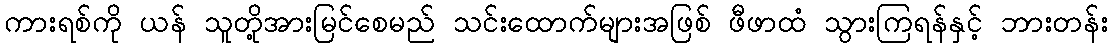
ကားရစ်ကို ယန် သူတို့အားမြင်စေမည် သင်းထောက်များအဖြစ် ဖီဖာထံ သွားကြရန်နှင့် ဘားတန်း